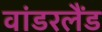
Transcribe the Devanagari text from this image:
वांडरलैंड